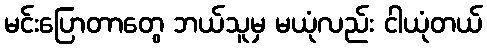
မင်းပြောတာတွေ ဘယ်သူမှ မယုံလည်း ငါယုံတယ်